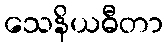
သေနိယဓီတာ